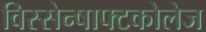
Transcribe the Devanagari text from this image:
विस्सेन्षाफ्टकोलेज